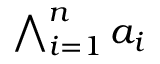
\textstyle \bigwedge _ { i = 1 } ^ { n } a _ { i }